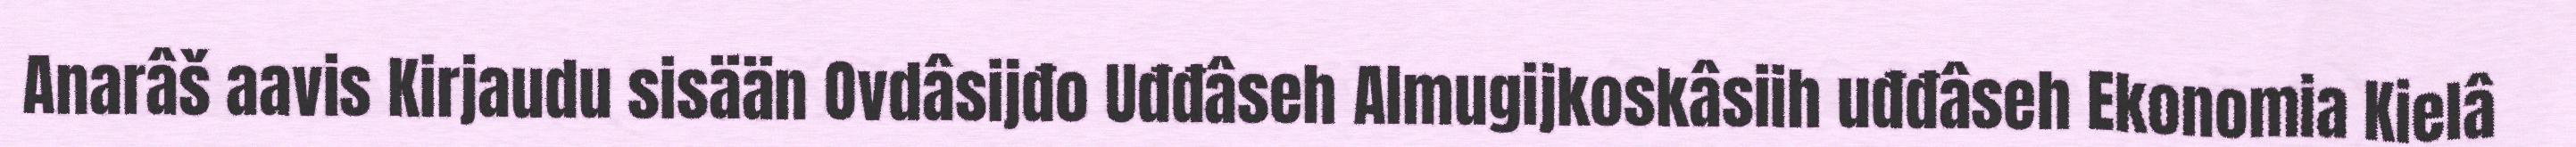
Anarâš aavis Kirjaudu sisään Ovdâsijđo Uđđâseh Almugijkoskâsiih uđđâseh Ekonomia Kielâ